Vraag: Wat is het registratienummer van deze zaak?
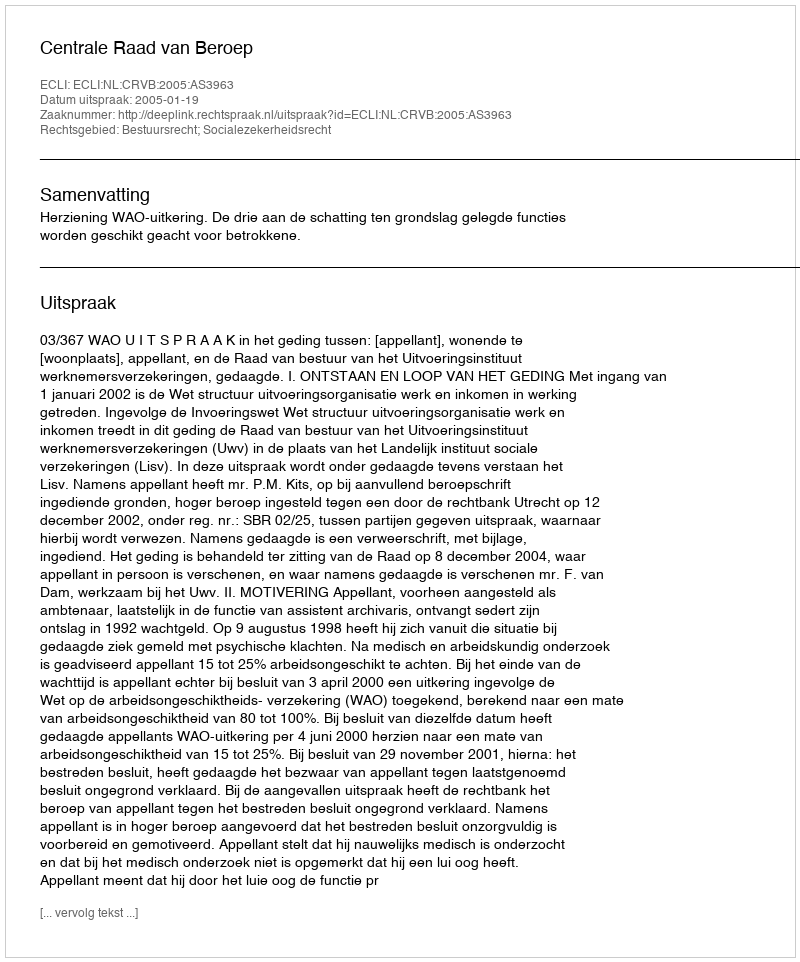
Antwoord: http://deeplink.rechtspraak.nl/uitspraak?id=ECLI:NL:CRVB:2005:AS3963